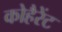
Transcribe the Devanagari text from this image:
कोहैरेंट